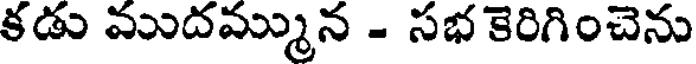
కడు ముదమ్మున - సభ కెరిగించెను